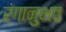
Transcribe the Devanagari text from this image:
रंगानुभव